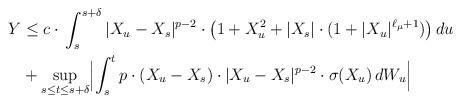
LaTeX: \begin{align*}\begin{aligned}Y & \le c\cdot \,\int_s^{s+\delta} |X_u-X_s|^{p-2}\cdot \bigl( 1+X_u^2 + |X_s|\cdot(1 + |X_u|^{\ell_\mu+1})\bigr)\, du \\& + \sup_{s\le t\le s+\delta}\Bigl|\int_s^t p \cdot (X_u-X_s)\cdot |X_u-X_s|^{p-2}\cdot \sigma(X_u)\, dW_u\Bigr|\end{aligned}\end{align*}